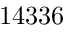
1 4 3 3 6